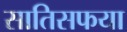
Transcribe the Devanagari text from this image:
सातिसफया